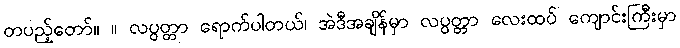
တပည့်တော်။ ။ လပွတ္တာ ရောက်ပါတယ်၊ အဲဒီအချိန်မှာ လပွတ္တာ လေးထပ် ကျောင်းကြီးမှာ